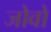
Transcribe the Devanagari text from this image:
जोवो